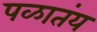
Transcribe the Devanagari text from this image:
पळातंय